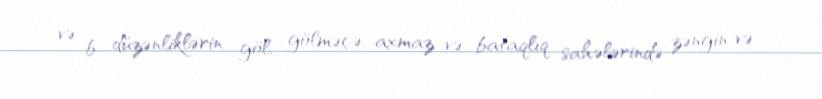
və b. düzənliklərin göl, gölməçə, axmaz və bataqlıq sahələrində zəngin və